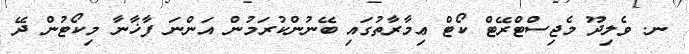
ނ. ވެލިދޫ މެޖިސްޓްރޭޓް ކޯޓް ޢިމާރާތުގައި ބޭނުންކުރަމުން އަންނަ ފާޚާނާ މިކޯޓުން ދޭ